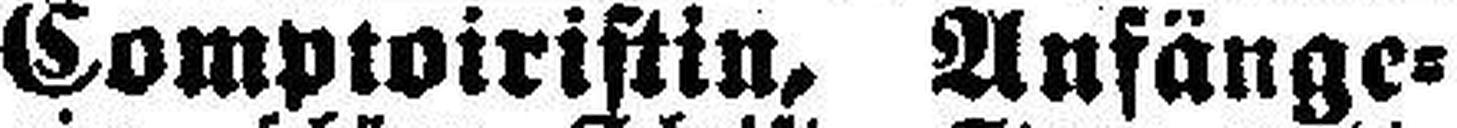
Comptoiristin, Anfänge¬